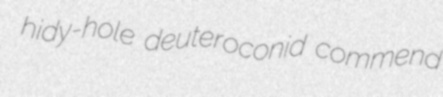
hidy-hole deuteroconid commend